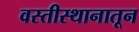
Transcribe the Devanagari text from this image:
वस्तीस्थानातून